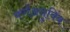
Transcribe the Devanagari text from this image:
वर्णअनुविंब